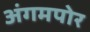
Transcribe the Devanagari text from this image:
अंगमपोर